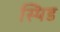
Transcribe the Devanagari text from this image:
स्पिड